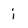
Character: i